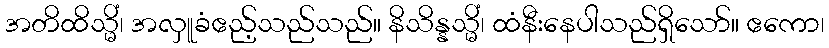
အတိထိသ္မိံ၊ အလှူခံဧည့်သည်သည်။ နိသိန္နသ္မိံ၊ ထံနီးနေပါသည်ရှိသော်။ ဧကော၊